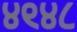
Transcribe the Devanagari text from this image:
४९४८